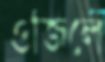
ওজিলে